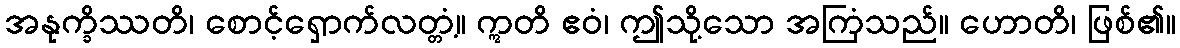
အနုက္ခိဿတိ၊ စောင့်ရှောက်လတ္တံ့။ ဣတိ ဧဝံ၊ ဤသို့သော အကြံသည်။ ဟောတိ၊ ဖြစ်၏။